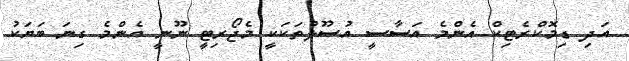
އަދި ޑިމޮކްރެޓިކް އެންމެ އަސާސީ އުސޫލުތަކަކީ މެޖޯރިޓީ ނޫނީ އެންމެ ގިނަ ބަޔަކު